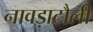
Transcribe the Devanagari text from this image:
नावड़ाटौली